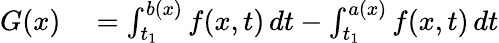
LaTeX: \begin{array}{rl}{G(x)}&{{}=\int_{t_{1}}^{b(x)}f(x,t)\, dt-\int_{t_{1}}^{a(x)}f(x,t)\, dt}\end{array}